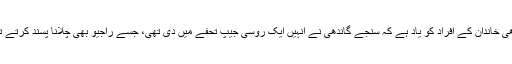
گاندھی خاندان کے افراد کو یاد ہے کہ سنجے گاندھی نے انہیں ایک روسی جیپ تحفے میں دی تھی، جسے راجیو بھی چلانا پسند کرتے تھے۔